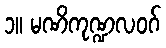
၁။ မဏိကုဏ္ဍလဝဂ်